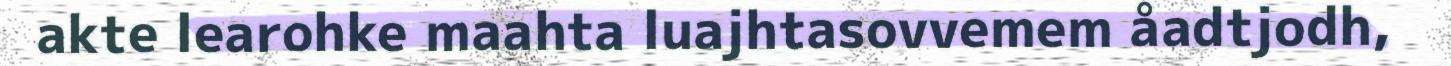
akte learohke maahta luajhtasovvemem åadtjodh,